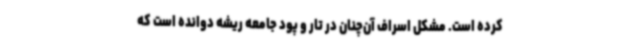
کرده است. مشکل اسراف آن‌چنان در تار و پود جامعه ریشه دوانده است که